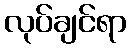
လုပ်ချင်ရာ